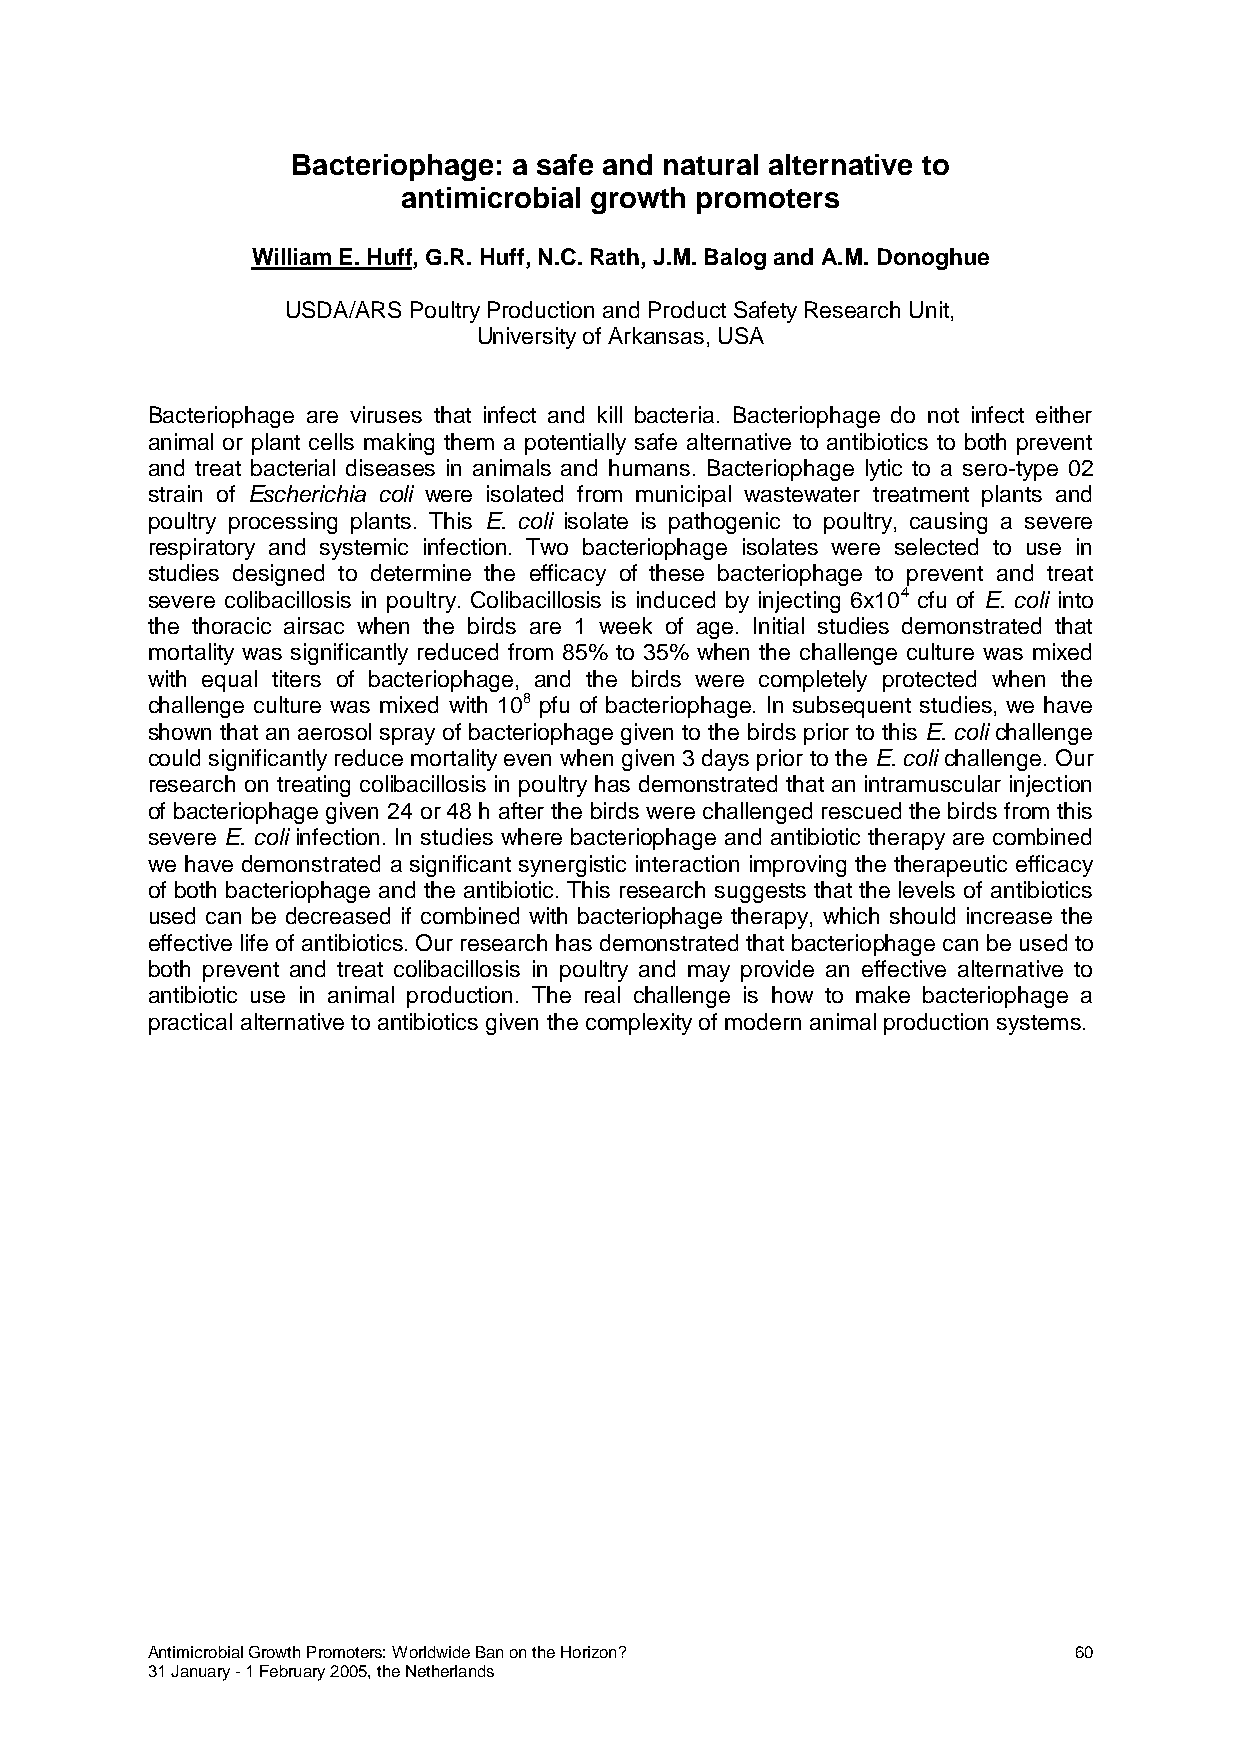
Bacteriophage: a safe and natural alternative to
 antimicrobial growth promoters
 William E. Huff, G.R. Huff, N.C. Rath, J.M. Balog and A.M. Donoghue
 USDA/ARS Poultry Production and Product Safety Research Unit,
 University of Arkansas, USA
 Bacteriophage are viruses that infect and kill bacteria. Bacteriophage do not infect either
 animal or plant cells making them a potentially safe alternative to antibiotics to both prevent
 and treat bacterial diseases in animals and humans. Bacteriophage lytic to a sero-type 02
 strain of Escherichia coli were isolated from municipal wastewater treatment plants and
 poultry processing plants. This E. coli isolate is pathogenic to poultry, causing a severe
 respiratory and systemic infection. Two bacteriophage isolates were selected to use in
 studies designed to determine the efficacy of these bacteriophage to prevent and treat
 severe colibacillosis in poultry. Colibacillosis is induced by injecting 6x104 cfu of E. coli into
 the thoracic airsac when the birds are 1 week of age. Initial studies demonstrated that
 mortality was significantly reduced from 85% to 35% when the challenge culture was mixed
 with equal titers of bacteriophage, and the birds were completely protected when the
 challenge culture was mixed with 108 pfu of bacteriophage. In subsequent studies, we have
 shown that an aerosol spray of bacteriophage given to the birds prior to this E. coli challenge
 could significantly reduce mortality even when given 3 days prior to the E. coli challenge. Our
 research on treating colibacillosis in poultry has demonstrated that an intramuscular injection
 of bacteriophage given 24 or 48 h after the birds were challenged rescued the birds from this
 severe E. coli infection. In studies where bacteriophage and antibiotic therapy are combined
 we have demonstrated a significant synergistic interaction improving the therapeutic efficacy
 of both bacteriophage and the antibiotic. This research suggests that the levels of antibiotics
 used can be decreased if combined with bacteriophage therapy, which should increase the
 effective life of antibiotics. Our research has demonstrated that bacteriophage can be used to
 both prevent and treat colibacillosis in poultry and may provide an effective alternative to
 antibiotic use in animal production. The real challenge is how to make bacteriophage a
 practical alternative to antibiotics given the complexity of modern animal production systems.
 Antimicrobial Growth Promoters: Worldwide Ban on the Horizon? 60
 31 January - 1 February 2005, the Netherlands